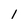
Character: 1